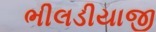
ભીલડીયાજી